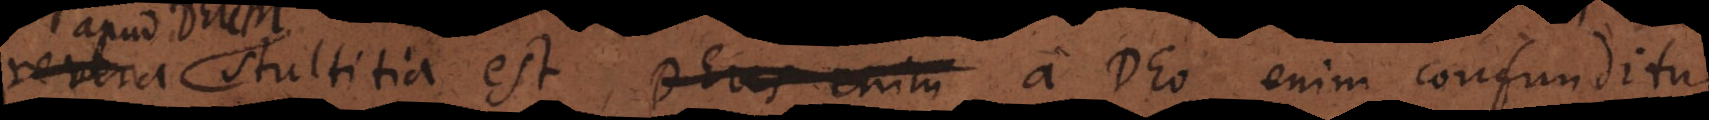
Deum stultitia est, Deus enim a Deo enim confunditur,